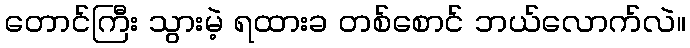
တောင်ကြီး သွားမဲ့ ရထားခ တစ်စောင် ဘယ်လောက်လဲ။